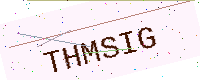
Text: THMSIG